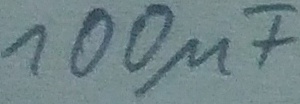
Text: 100µF